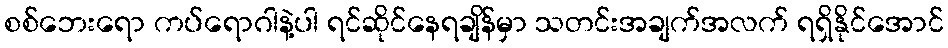
စစ်ဘေးရော ကပ်ရောဂါနဲ့ပါ ရင်ဆိုင်နေရချိန်မှာ သတင်းအချက်အလက် ရရှိနိုင်အောင်